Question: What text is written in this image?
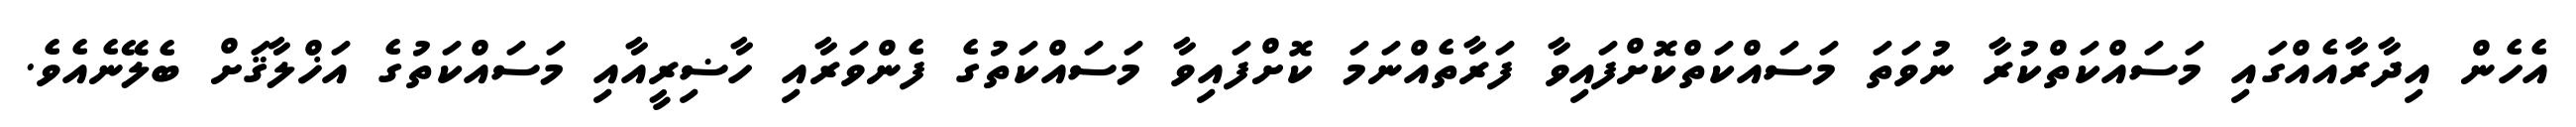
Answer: އެހެން އިދާރާއެއްގައި މަސައްކަތްކުރާ ނުވަތަ މަސައްކަތްކޮށްފައިވާ ފަރާތެއްނަމަ ކޮށްފައިވާ މަސައްކަތުގެ ފެންވަރާއި ހާޟިރީއާއި މަސައްކަތުގެ އަޚްލާޤަށް ބެލޭނެއެވެ.